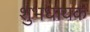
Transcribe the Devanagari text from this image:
शुभधायक